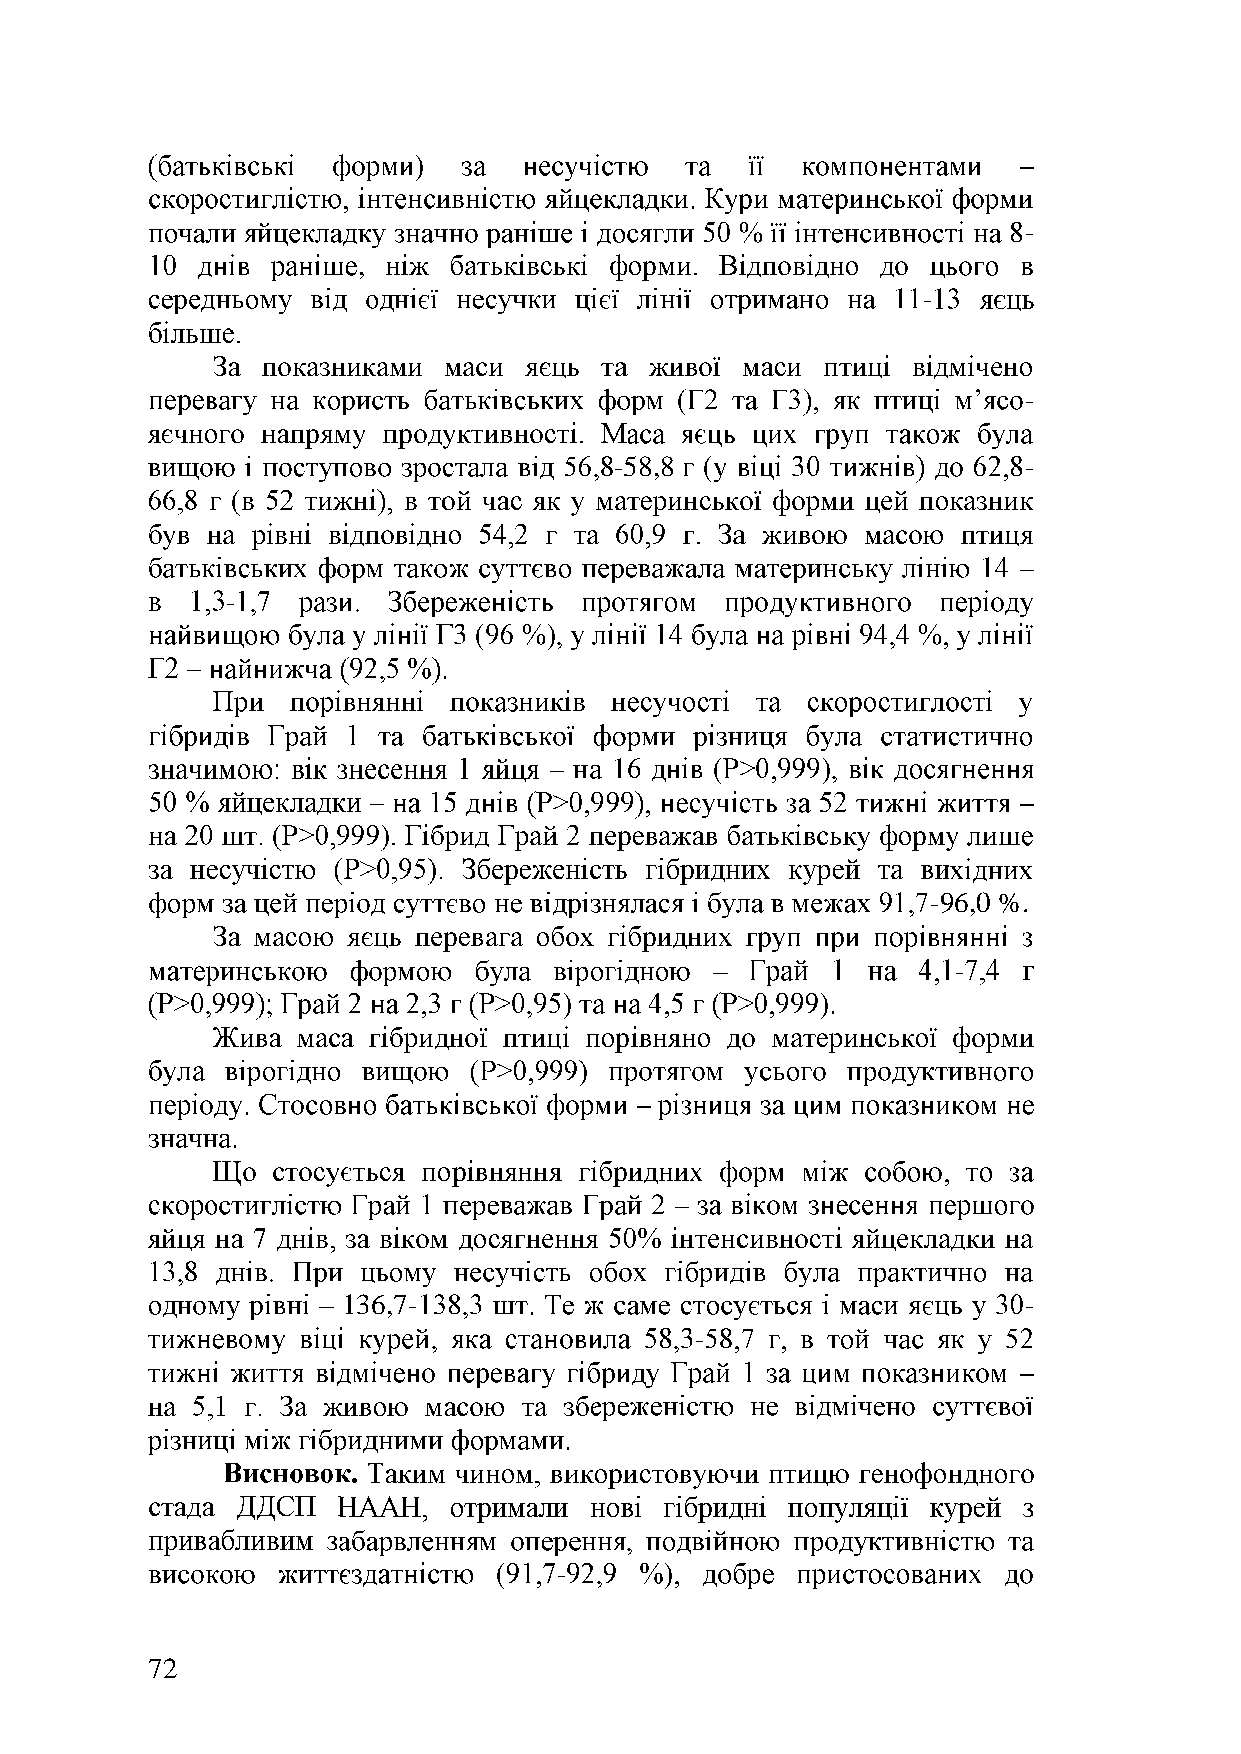
-
 ,
 -
 -
 -58,8                      -
 -
 -96,0 %.
 -
 136,7-                                       -
 -
 -
 72